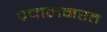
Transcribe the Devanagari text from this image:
प्रचालनरत